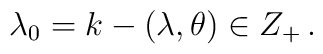
\lambda_{0}=k-(\lambda,\theta)\in Z_{+}\,.